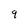
Character: 9